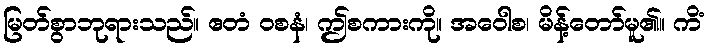
မြတ်စွာဘုရားသည်။ ဧတံ ဝစနံ၊ ဤစကားကို။ အဝေါစ၊ မိန့်တော်မူ၏။ ကိံ